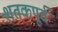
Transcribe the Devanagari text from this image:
शतकपूर्व